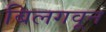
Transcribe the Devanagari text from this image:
बिलगवून